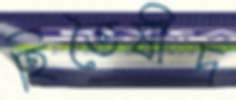
হিতৈষীদ